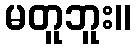
မတူဘူး။